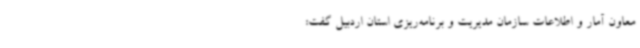
معاون آمار و اطلاعات سازمان مدیریت و برنامه‌ریزی استان اردبیل گفت:‌